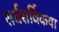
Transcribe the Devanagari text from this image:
सर्वसर्विकया